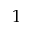
1